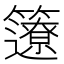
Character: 𥷊